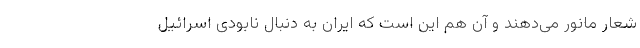
شعار مانور می‌دهند و آن هم این است که ایران به دنبال نابودی اسرائیل